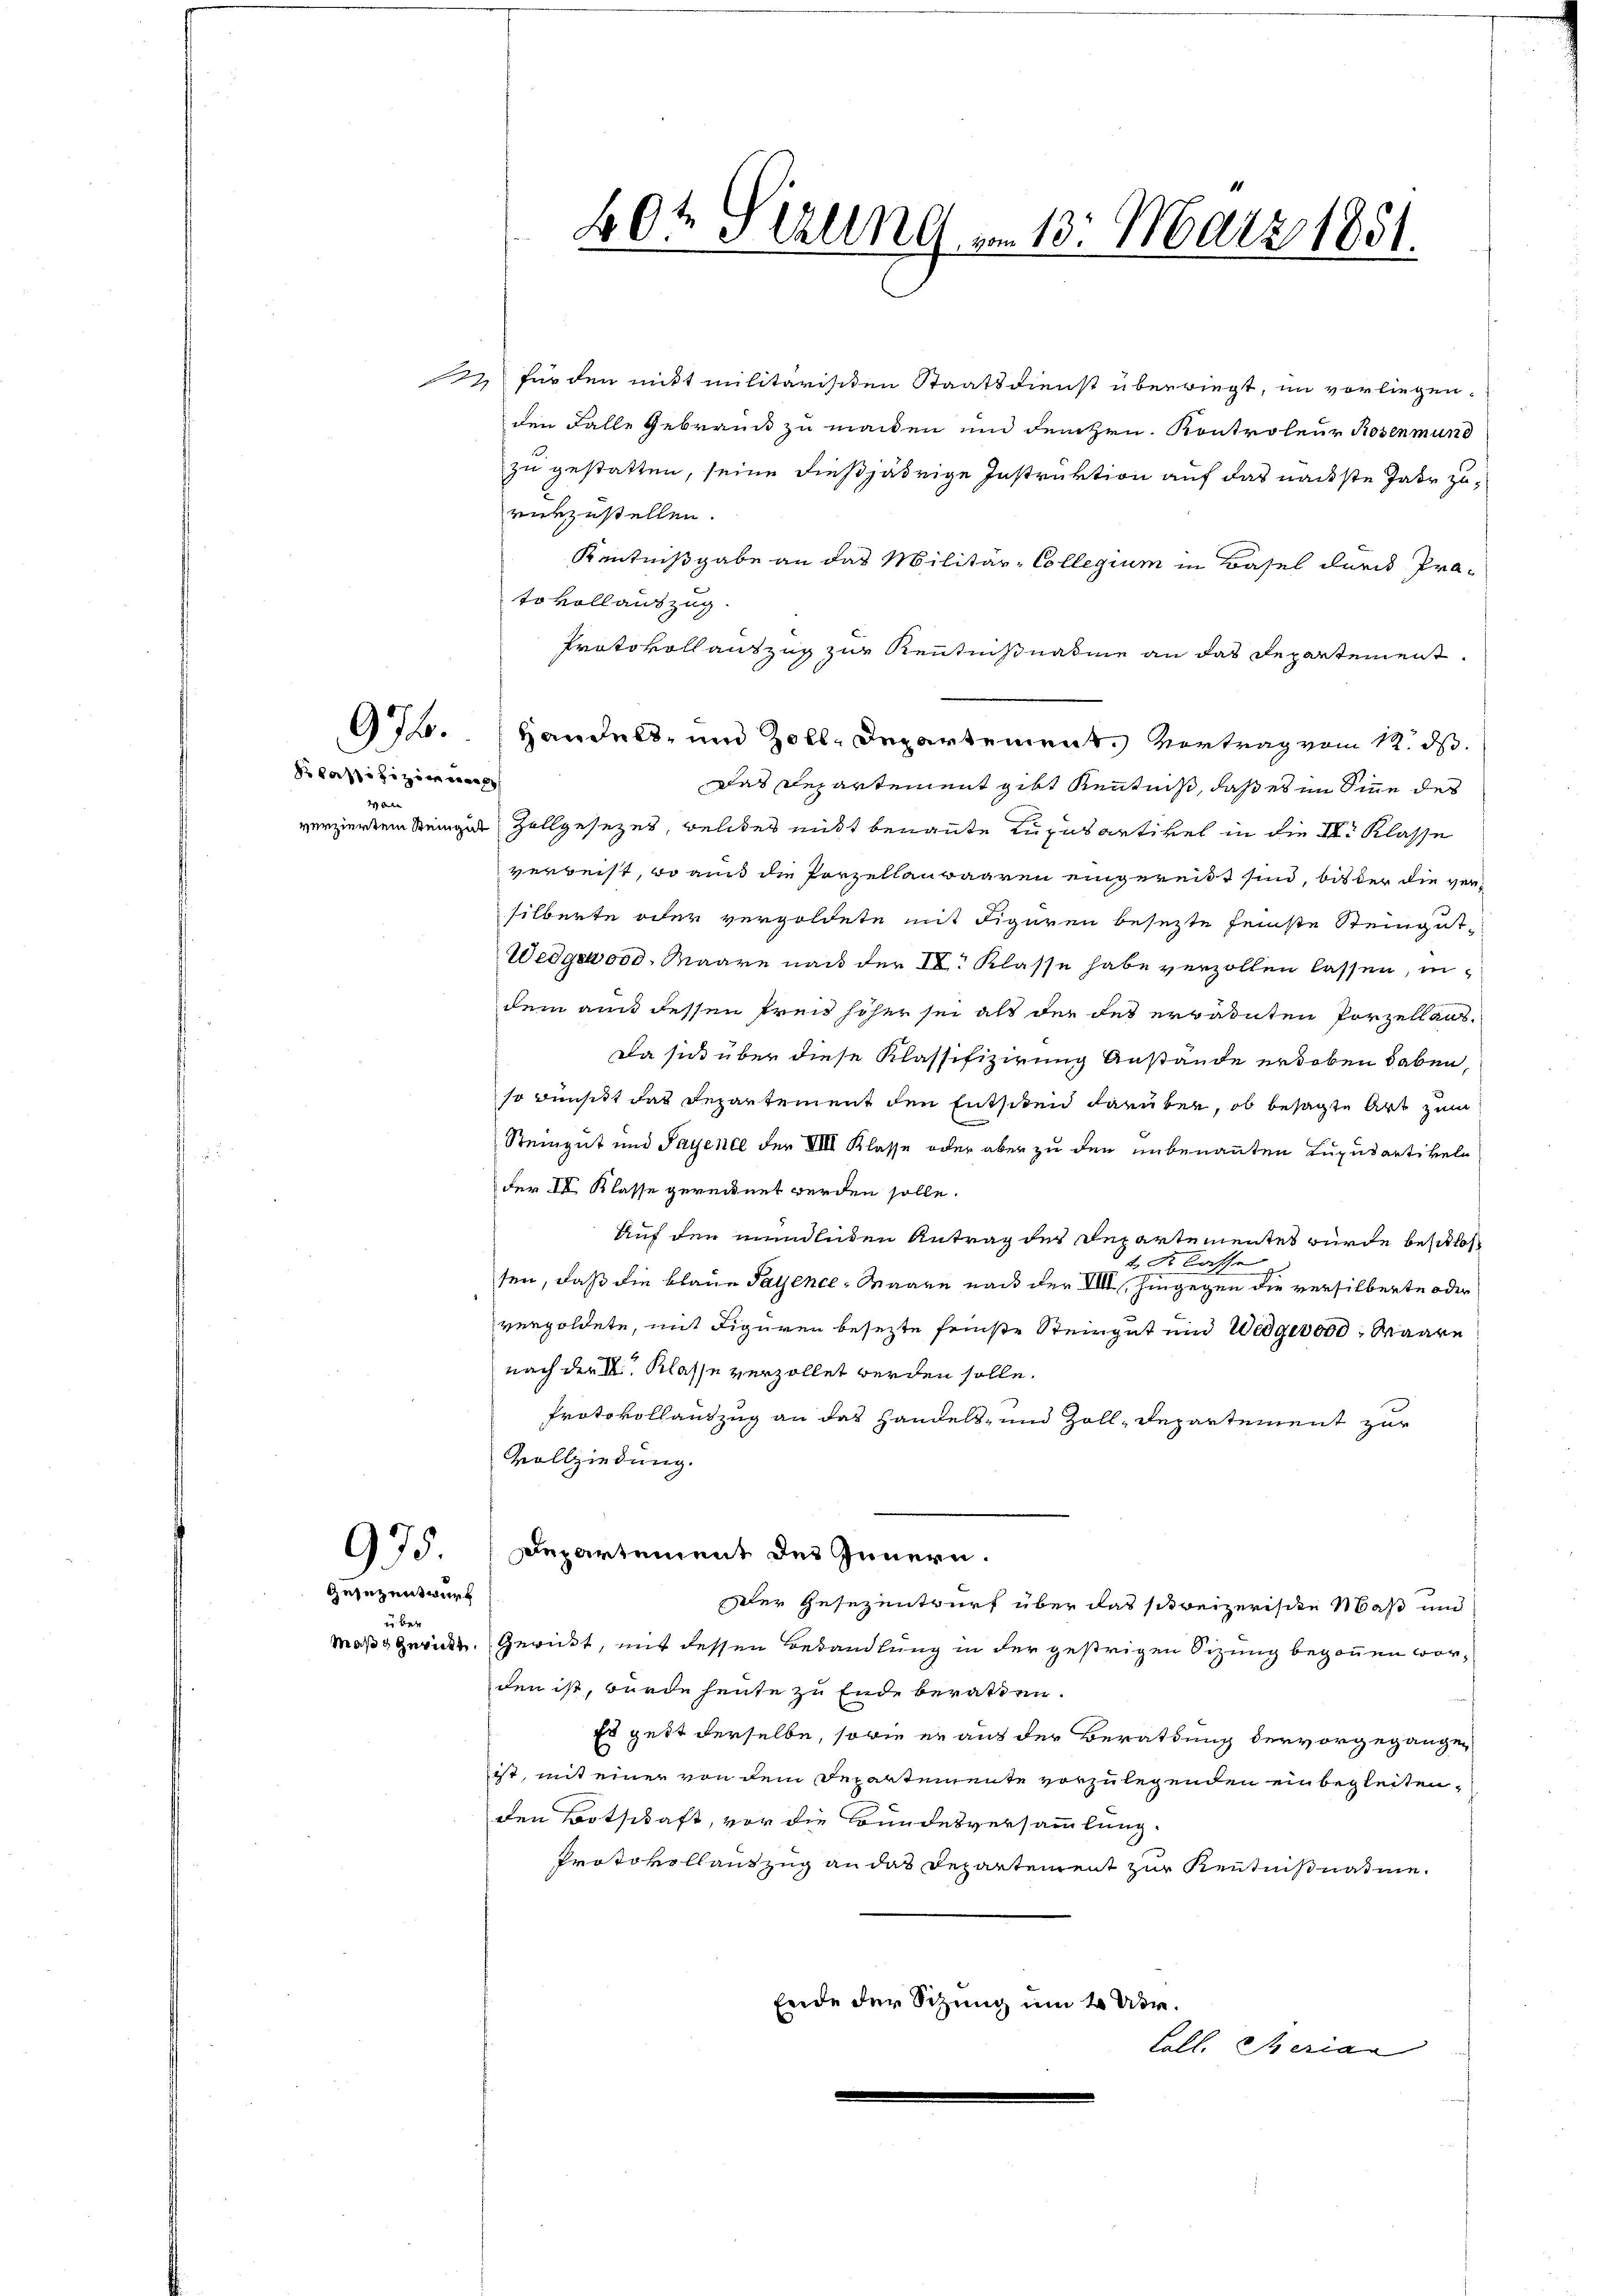
dkassifizier
 Ot

Zesezentwurf
über

22 für den mitt militärischen Staatsdienst überriegt, im vorliegen.
den Falle Gebrauck zu machen und dem Hrn. Kontroleur Rosenmund
zu gestatten, seine dießjährige Instruktion auf das nächste Jahr zurürzustellen.
Kenntnißgabe an das Militär-Collegium in Basel durch Präto vollauszug.
Protokoll auszug zur Kenntnißnahme an das Departement
972. Handels- und Zoll-Departement. Vortrag vom 12. ds.
Das Departement gibt kenntniß, daß es im Sinne des
verzierken dringer Zollgesezes, welches nitt benannte Lucasartikel in die I. Klasse
verweist, wo aus die Porzellauwaaren eingereist sind, bis der die versilberte oder vergoldete mit Figuren besezte seinste Steingat-
Wedgeword, Maare nach der IV. Klasse habe verzollen lassen, indem aus dessen Preis höher sei als der des erbanten Porzell aus¬
Da sich über diese Klassifizierung Anstände erhoben haben,
so wünscht das Departement den Entschen darüber, ob besagte Art zum
Steingut und Payence der VIII Klasse oder aber zu den unbenannten Luxusartikeln
der III Klasse gerechnet werden solle.
Auf den mündlichen Antrag des Departementes würde beschlos¬
2 Klasse
sen, daß die blaue Patence-Maare nach der XIII, hingegen die versilberte oder
vergoldete, mit Figuren besezte seinste Steingut und Weggerod, Waare
nach der III. Klasse verzollet werden solle.
Protokollauszug an das Handels- und Zoll-Departement zur
Vollziehung.
97. Departement des Innern.
dler Gesezentwurf über das schweizerische Maß und
Maße gericht. Gericht, mit dessen Bedandlung in der gestrigen Sizung begonnen worden ist, wurde heute zu Ende berathen.
Es gelt derselbe, sowie er aus der Berathung der vorgegangen
ist, mit einer von dem Departemente vorzulegenden ein begleitenden Botschaft, vor die Bundesversammlung.
Protokollantzug an das Departement zur Kentnißnahme.
Ende der Sitzung um 2 Utre¬
Coll. Therian

20t Sezung am 13. März 1851.